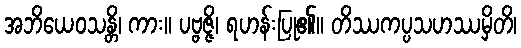
အဘိယေဝသန္တိ၊ ကား။ ပဗ္ဗဇ္ဇိ၊ ရဟန်းပြု၏။ တိဿကပ္ပသဟဿမှိတိ၊